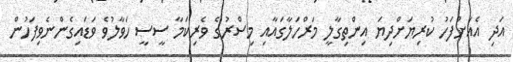
އަދި އެއަށްފަހު ކުރިޔަށްދިޔަ އިންތިގާލީ މަރްހަލާގައާއި މިސްރުގެ ވެރިކަމާ ސީސީ ހަވާލުވެ ވަޑައިގެންނެވިފަހުން